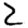
Digit: 2